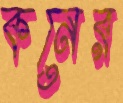
কনের